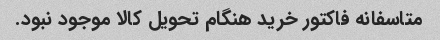
متاسفانه فاکتور خرید هنگام تحویل کالا موجود نبود.